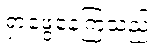
ရှာဖွေနေကြသည်